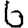
Digit: 6